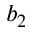
b _ { 2 }